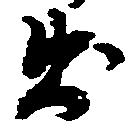
出